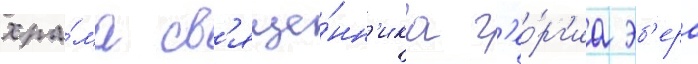
хра́ма св'яще́нн'ика г'ео́рг'иа эб'ера